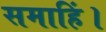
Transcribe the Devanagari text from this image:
समाहिं।